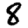
Digit: 8